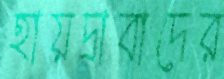
হায়দ্রাবাদের